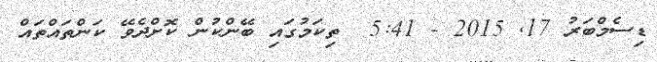
ޑިސެމްބަރު 17